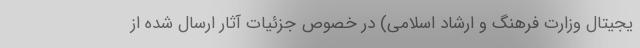
یجیتال وزارت فرهنگ و ارشاد اسلامی) در خصوص جزئیات آثار ارسال شده از